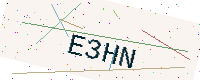
Text: E3HN